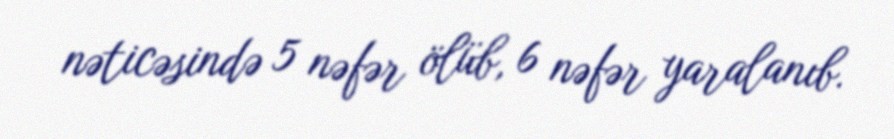
nəticəsində 5 nəfər ölüb, 6 nəfər yaralanıb.